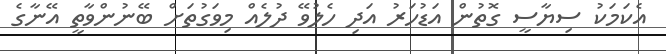
އެކަމަކު ސިޔާސީ ގޮތުން އަޑުހަރު އަދި ހެލުވޭ ދުލެއް މިވަގުތަށް ބޭނުންވާތީ އޭނާގެ